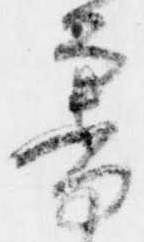
審